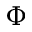
\Phi